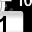
Digit: 1